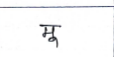
मजकूर: मू